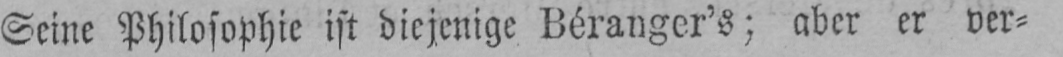
Seine Philosophie ist diejenige Béranger’s; aber er ver⸗